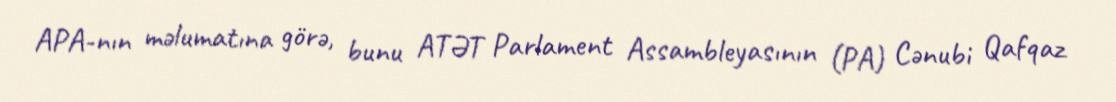
APA-nın məlumatına görə, bunu ATƏT Parlament Assambleyasının (PA) Cənubi Qafqaz